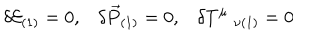
\delta { \cal { E } } _ { ( 1 ) } = 0 , \delta \vec { { P } } _ { ( 1 ) } = 0 , \delta { T } ^ { \mu } \; _ { \nu ( 1 ) } = 0